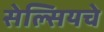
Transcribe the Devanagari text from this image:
सेल्सियचे